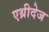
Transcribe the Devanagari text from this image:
एथ्रीदेज